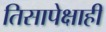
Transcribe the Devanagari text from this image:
तिसापेक्षाही